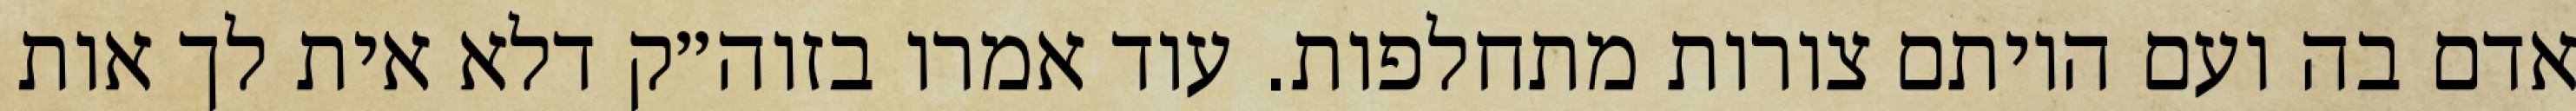
אדם בה ועם היותם צורות מתחלפות. עוד אמרו בזוה״ק דלא אית לך אות